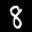
Label: 8